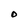
Character: O